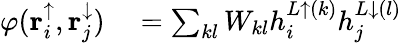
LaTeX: \begin{array}{rl}{\varphi(\mathbf{r}_{i}^{\uparrow},\mathbf{r}_{j}^{\downarrow})}&{{}=\sum_{kl}W_{kl}h_{i}^{L\uparrow(k)}h_{j}^{L\downarrow(l)}}\end{array}